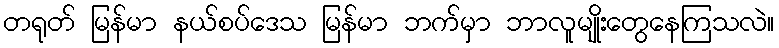
တရုတ် မြန်မာ နယ်စပ်ဒေသ မြန်မာ ဘက်မှာ ဘာလူမျိုးတွေနေကြသလဲ။